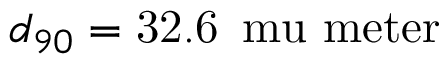
d _ { 9 0 } = \ensuremath { \mathrm { 3 2 . 6 } } \ensuremath { \, } \ensuremath { \mathrm { \ m u \ m e t e r } }